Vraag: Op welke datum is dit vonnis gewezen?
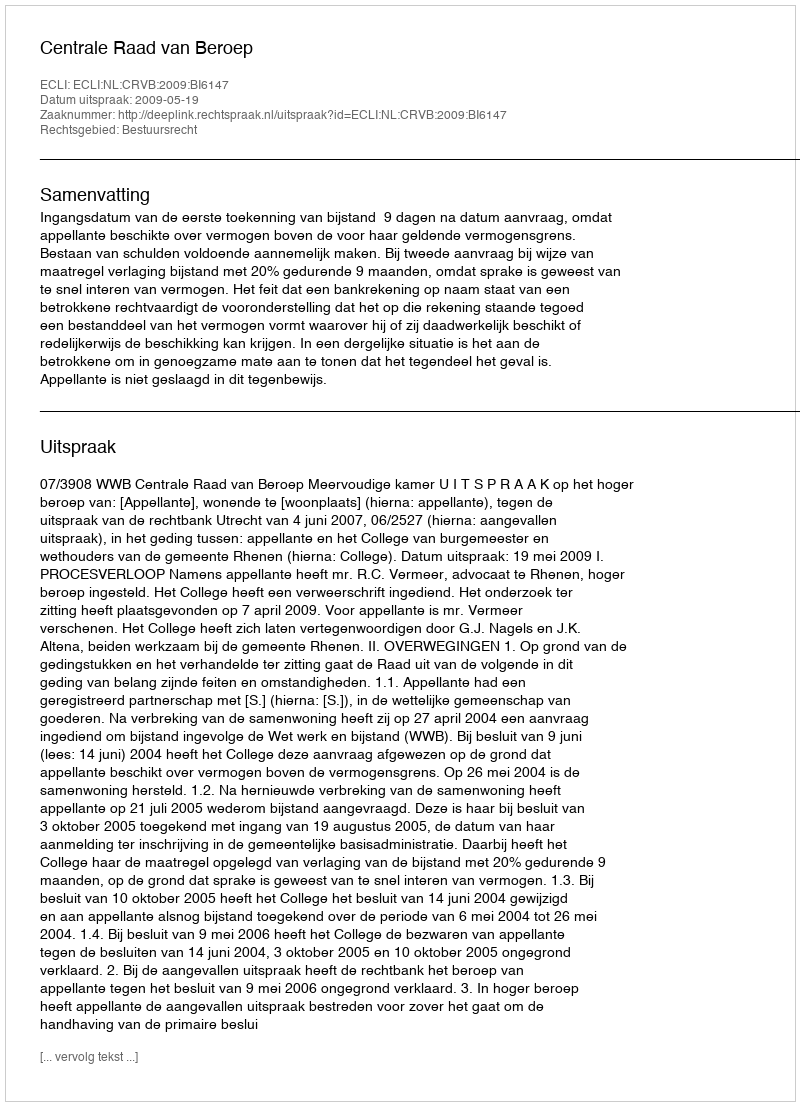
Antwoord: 2009-05-19